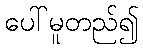
ပေါ်မူတည်၍